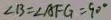
\angle B = \angle A F G = 9 0 ^ { \circ }